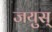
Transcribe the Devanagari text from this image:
जयुस्